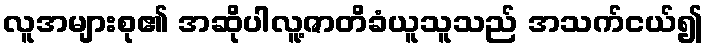
လူအများစု၏ အဆိုပါလူ့ဇာတိခံယူသူသည် အသက်ငယ်၍